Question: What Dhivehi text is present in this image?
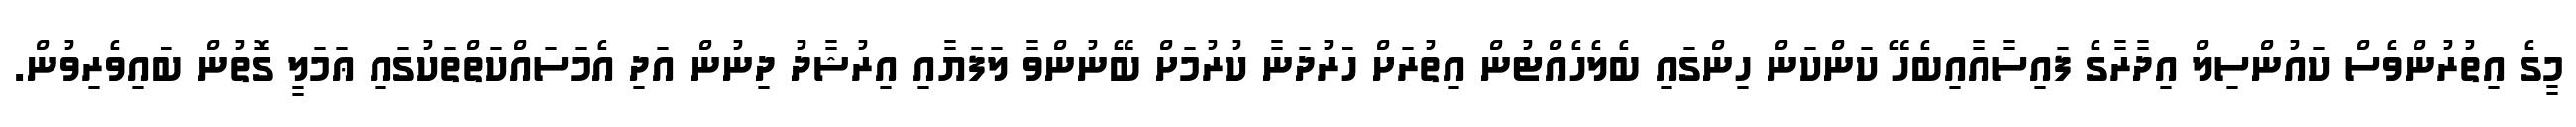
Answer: މީގެ އިތުރުންވެސް ކައުންސިލް އިދާރާގެ ފައިސާއާއިބެހޭ ކަންކަން ހިންގައި ބެލެހެއްޓުން އިތުރަށް ހަރުދަނާ ކުރުމަށް ބޭނުންވާ ލަފަޔާއި އިރުޝާދު ދިނުން އަދި އެމަސައްކަތްތަކުގައި ޢަމަލީ ގޮތުން ބައިވެރިވުން.